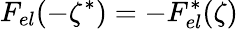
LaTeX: F_{el}(-\zeta^{*})=-F_{el}^{*}(\zeta)